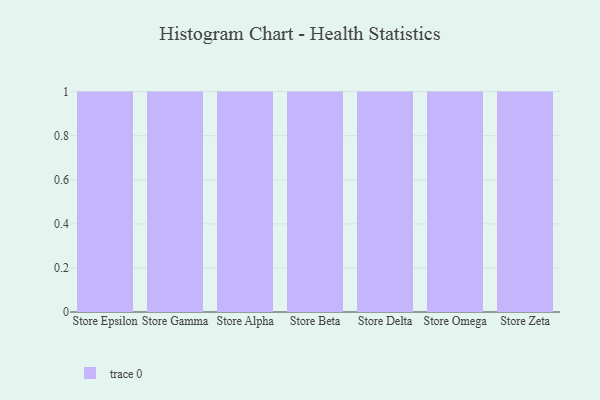
{"axis": {"x": "Store", "y": "Satisfaction Score"}, "legend": [""], "data": [{"x": "Store Epsilon", "y": 46, "type": ""}, {"x": "Store Gamma", "y": 31, "type": ""}, {"x": "Store Alpha", "y": 79, "type": ""}, {"x": "Store Beta", "y": 48, "type": ""}, {"x": "Store Delta", "y": 19, "type": ""}, {"x": "Store Omega", "y": 71, "type": ""}, {"x": "Store Zeta", "y": 7, "type": ""}]}